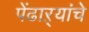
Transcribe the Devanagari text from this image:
पेंढाऱ्यांचे